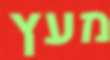
מעץ